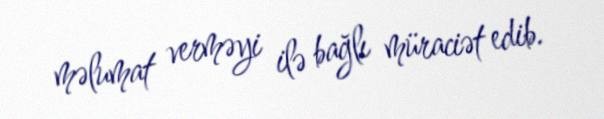
məlumat verməyi ilə bağlı müraciət edib.